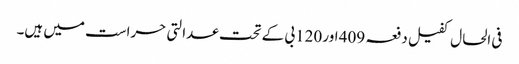
فی الحال کفیل دفعہ 409 اور 120بی کے تحت عدالتی حراست میں ہیں۔